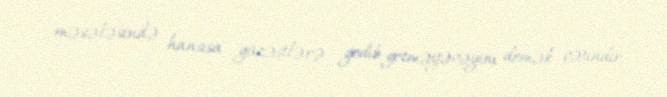
məsələsində hansısa güzəştlərə gedib-getməyəcəyini demək çətindir.